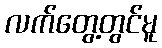
လက်တွေ့တွင်မူ